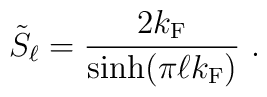
\tilde{S}_{\ell} = \frac{2 k_{\rm F}}{\sinh (\pi \ell k_{\rm F})} \ .